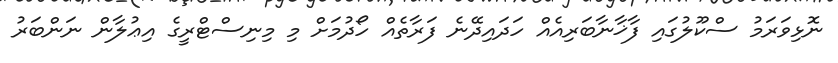
ނޮޅިވަރަމު ސްކޫލުގައި ފާޚާނާބަރިއެއް ހަދައިދޭނެ ފަރާތެއް ހޯދުމަށް މި މިނިސްޓްރީގެ އިޢުލާން ނަންބަރު